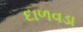
દાળવડા